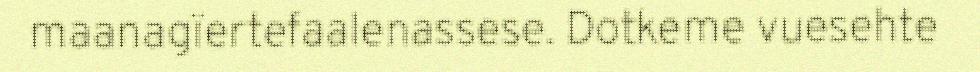
maanagïertefaalenassese. Dotkeme vuesehte